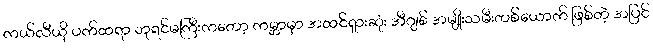
ကယ်လီယို ပက်ထရာ ဘုရင်မကြီးကတော့ ကမ္ဘာမှာ အထင်ရှားဆုံး အီဂျစ် အမျိုးသမီးတစ်ယောက် ဖြစ်တဲ့ အပြင်